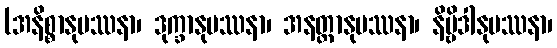
(အနိစ္စာနုပဿနာ၊ ဒုက္ခာနုပဿနာ၊ အနတ္တာနုပဿနာ၊ နိဗ္ဗိဒါနုပဿနာ၊